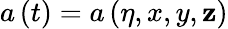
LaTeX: a\left(t\right)=a\left(\eta,x,y,\mathbf{z}\right)